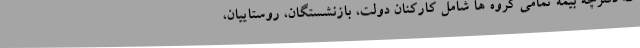
که دفترچه بیمه تمامی گروه ها شامل کارکنان دولت، بازنشستگان، روستاییان،